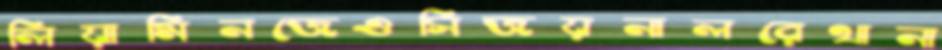
লিয়ামিনজেওসিজয়নালরেথানা